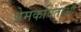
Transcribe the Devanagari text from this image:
प्रेमकविताओं